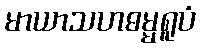
မာယာသဟဓမ္မရူပံ